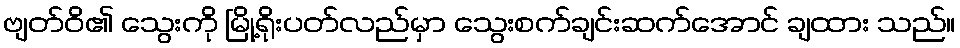
ဗျတ်ဝိ၏ သွေးကို မြို့ရိုးပတ်လည်မှာ သွေးစက်ချင်းဆက်အောင် ချထား သည်။